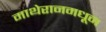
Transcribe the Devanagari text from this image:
माथेरानमधून